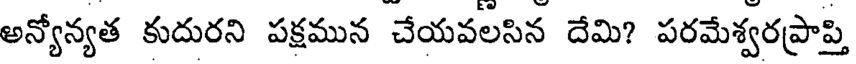
అన్యోన్యత కుదురని పక్షమున చేయవలసిన దేమి? పరమేశ్వరప్రాప్తి